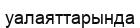
уалаяттарында